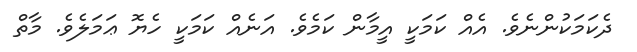
ދެކަމަކުންނެވެ. އެއް ކަމަކީ އީމާން ކަމެވެ. އަނެއް ކަމަކީ ހެޔޮ ޢަމަލެވެ. މާތް